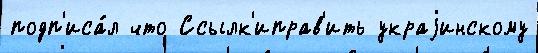
подп'иса́л что Ссылк'иправ'ить украjинскому